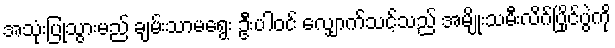
အသုံးပြုသွားမည် ချမ်းသာမရွေး ဦးပါဝင် လျှောက်သင့်သည် အမျိုးသမီးလိဂ်ပြိုင်ပွဲကို